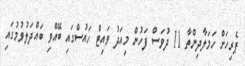
ޕެރިހަށް ހަމަލާދިންތާ 11 ދުވަސް ފަހުން މިއަދު ވައިޓް ހައުސްގައި ބޭއްވި ބައްދަލުވުމުގައި